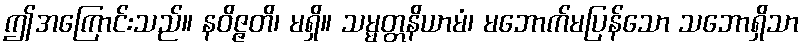
ဤအကြောင်းသည်။ နဝိဇ္ဇတိ၊ မရှိ။ သမ္မတ္တနိယာမံ၊ မဘောက်မပြန်သော သဘောရှိသာ